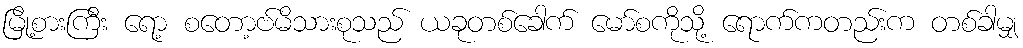
မြို့စားကြီး ရော့ စတော့ဗ်မိသားစုသည် ယခုတစ်ခေါက် မော်စကိုသို့ ရောက်ကတည်းက တစ်ခါမျှ